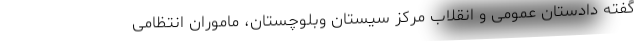
گفته دادستان عمومی و انقلاب مرکز سیستان وبلوچستان، ماموران انتظامی